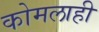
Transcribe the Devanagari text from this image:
कोमलाही